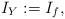
LaTeX: \begin{align*}I_Y:=I_f,\end{align*}